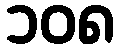
၁၀၈